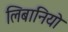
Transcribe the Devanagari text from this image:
लिबानियो